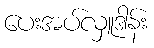
ပေးအပ်လှူဒါန်း